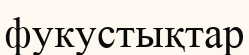
фукустықтар